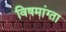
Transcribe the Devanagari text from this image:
विषमांग्ता